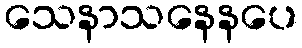
သေနာသနေနပေ